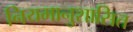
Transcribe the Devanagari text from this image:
नियमानुशासित